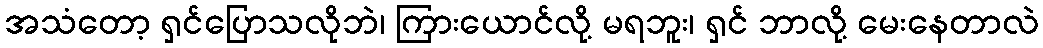
အသံတော့ ရှင်ပြောသလိုဘဲ၊ ကြားယောင်လို့ မရဘူး၊ ရှင် ဘာလို့ မေးနေတာလဲ